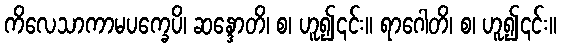
ကိလေသာကာမပက္ခေပိ၊ ဆန္ဒောတိ၊ စ၊ ဟူ၍၎င်း။ ရာဂေါတိ၊ စ၊ ဟူ၍၎င်း။